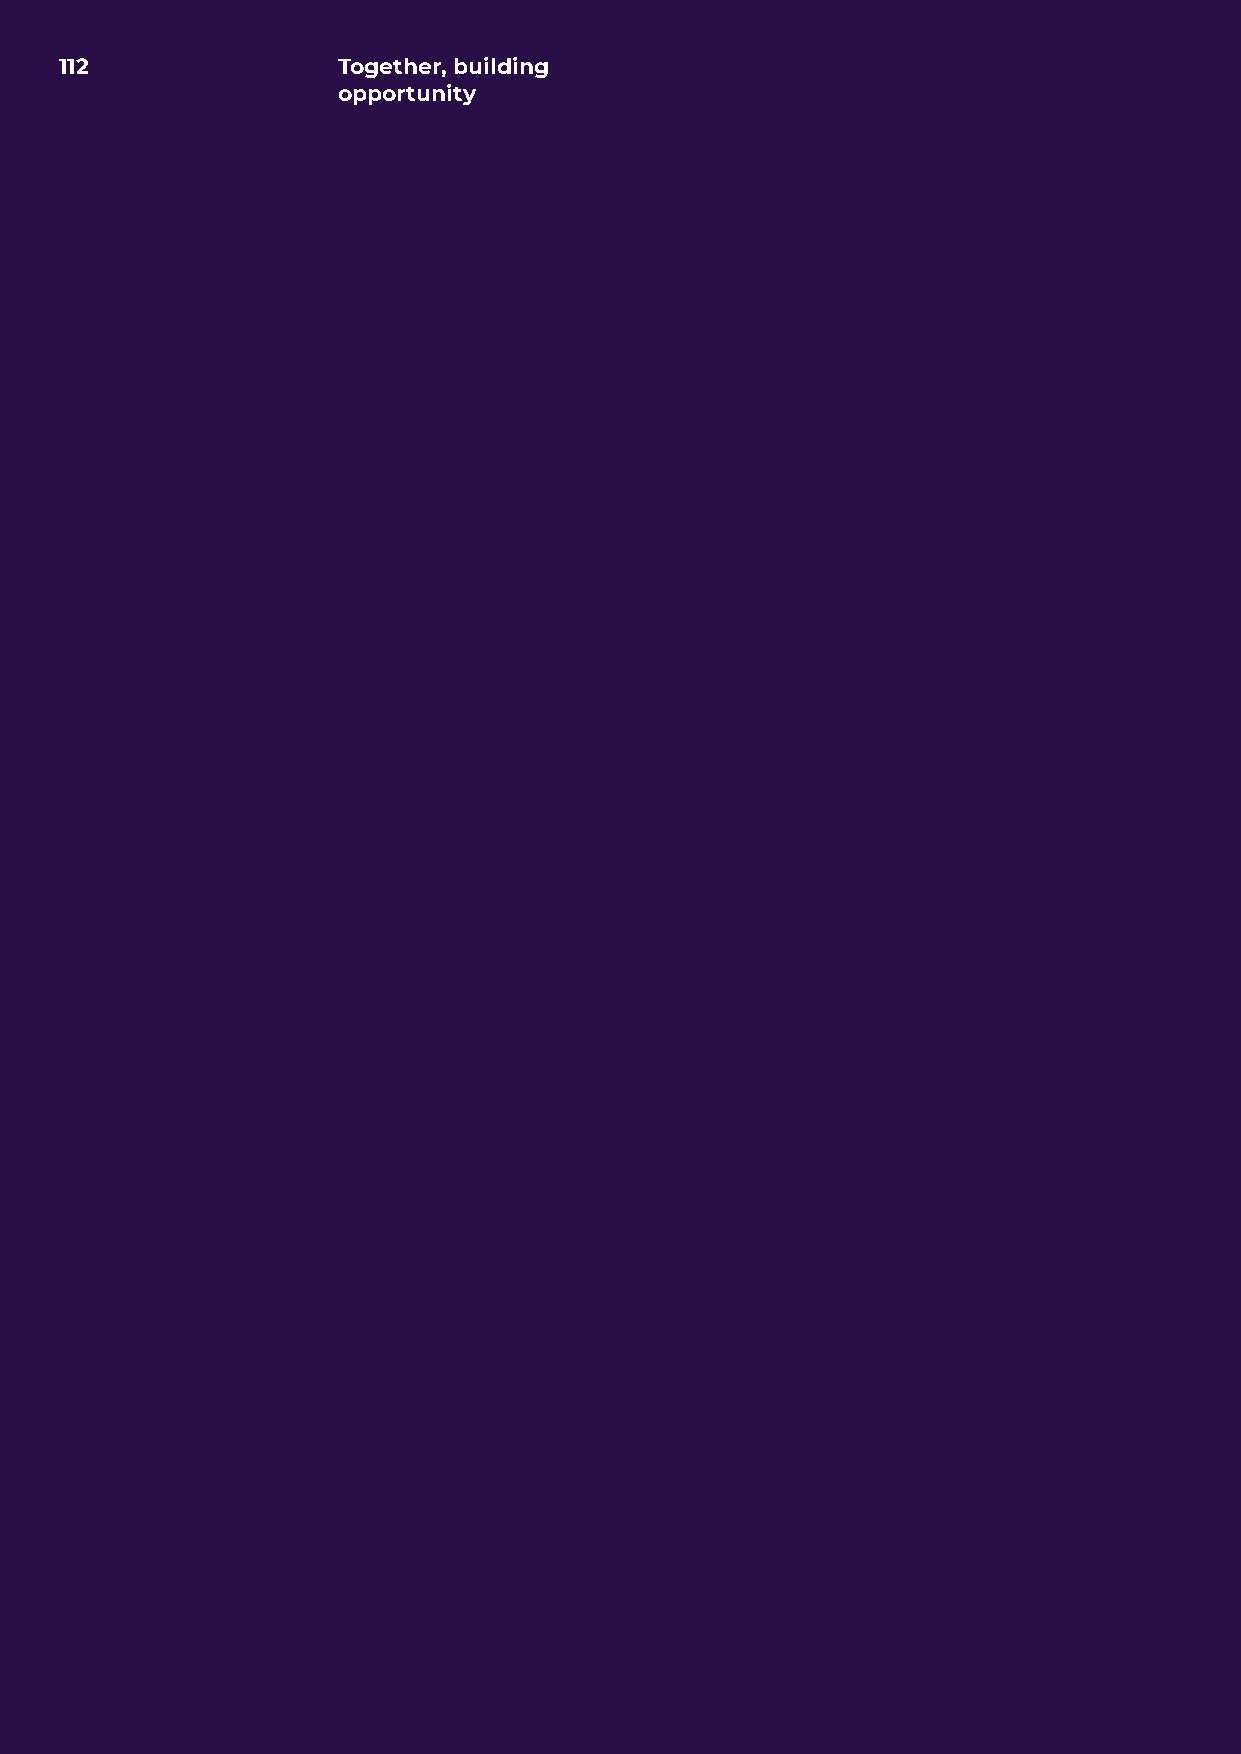
112               Together, building
 opportunity